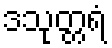
ဒသုတ္တရံ